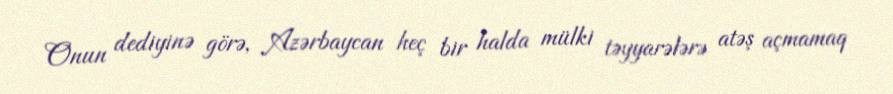
Onun dediyinə görə, Azərbaycan heç bir halda mülki təyyarələrə atəş açmamaq